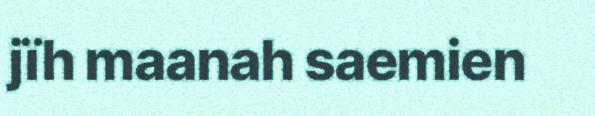
jïh maanah saemien